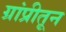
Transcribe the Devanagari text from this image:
ग्रांप्रीतून